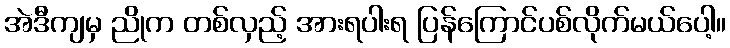
အဲဒီကျမှ ညိုက တစ်လှည့် အားရပါးရ ပြန်ကြောင်ပစ်လိုက်မယ်ပေါ့။